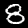
Label: 8